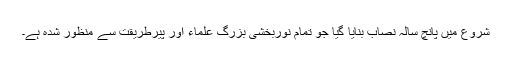
شروع میں پانچ سالہ نصاب بنایا گیا جو تمام نوربخشی بزرگ علماء اور پیرطریقت سے منظور شدہ ہے۔